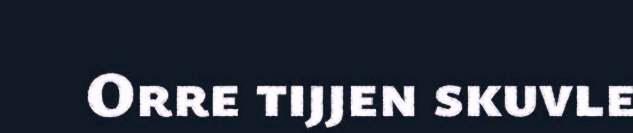
Orre tijjen skuvle